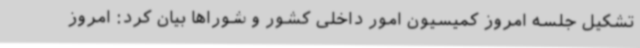
تشکیل جلسه امروز کمیسیون امور داخلی کشور و شوراها بیان کرد: امروز